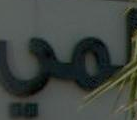
لمي